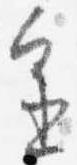
進